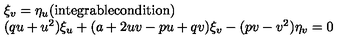
\begin{array} { l } { \xi _ { v } = \eta _ { u } \mathrm { ( i n t e g r a b l e c o n d i t i o n ) } } \\ { ( q u + u ^ { 2 } ) \xi _ { u } + ( a + 2 u v - p u + q v ) \xi _ { v } - ( p v - v ^ { 2 } ) \eta _ { v } = 0 } \\ \end{array}